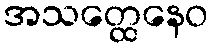
အသတ္ထေနေဝ